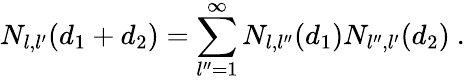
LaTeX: N_{l,l^{\prime}}(d_{1}+d_{2})=\sum_{l^{\prime\prime}=1}^{\infty}N_{l,l^{\prime\prime}}(d_{1})N_{l^{\prime\prime},l^{\prime}}(d_{2})\ .